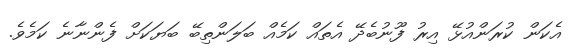
އެކަން ކުރަންއުޅޭ އިރު ފޫނުބެދޭ އެތައް ކަމެއް ބަލަންތިބޭ ބަޔަކަށް ފެންނާނެ ކަމެވެ.